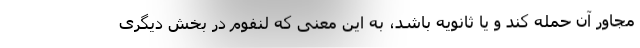
مجاور آن حمله کند و یا ثانویه باشد، به این معنی که لنفوم در بخش دیگری